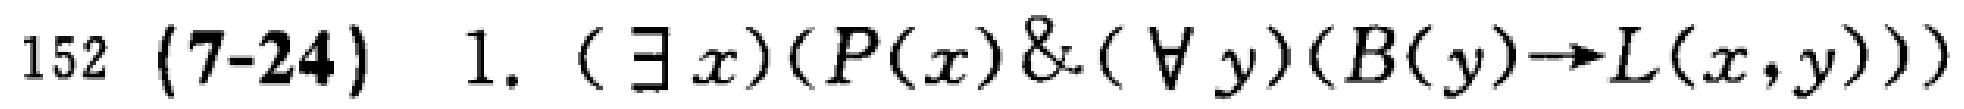
$152\ (7 - 24)\ 1.\ (\exists x)(P(x)\&(\forall y)(B(y)\to L(x,y)))$